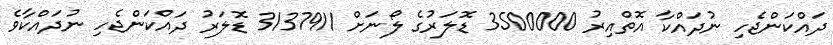
ދައްކަންޖެހި ނުދައްކާ އޮތްއިރު 3500000 ޑޮލަރުގެ ލޯނަށް 3137911 ޑޮލަރު ދައްކަންޖެހި ނުދައްކާވެ